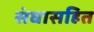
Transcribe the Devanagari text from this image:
संघासहित